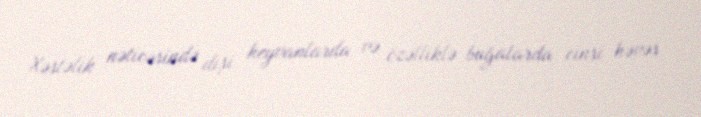
Xəstəlik nəticəsində dişi heyvanlarda və özəlliklə buğalarda cinsi həvəs